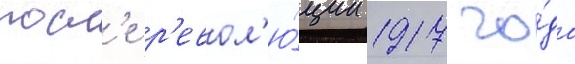
посл'е р'евол'ю́ции 1917 го́да